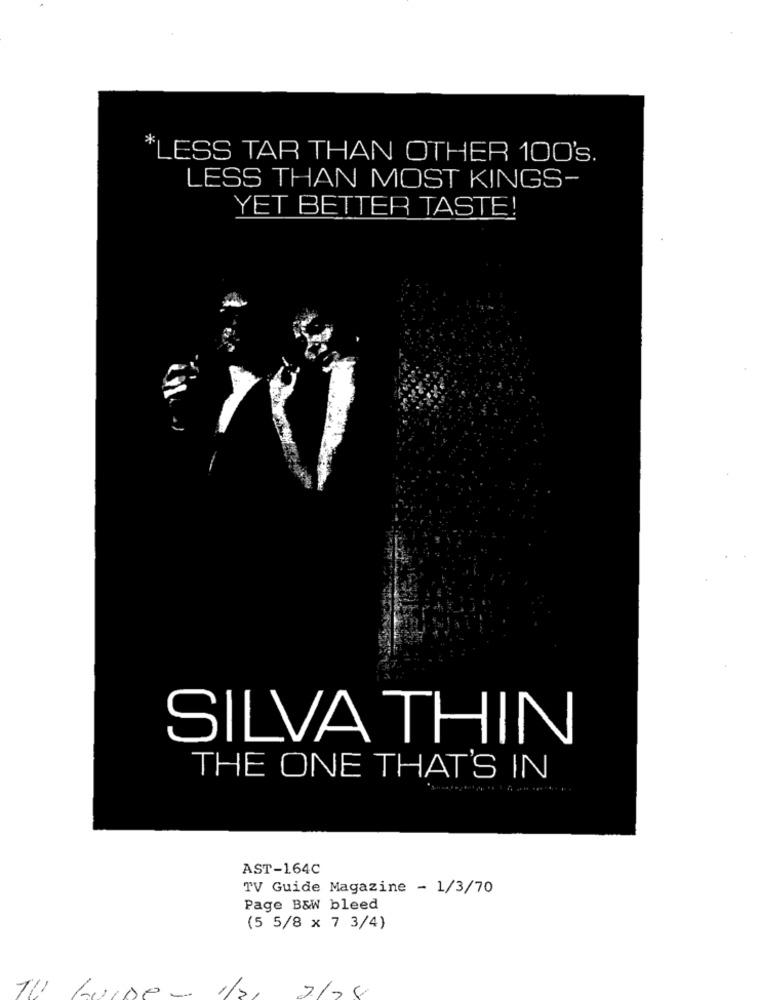
ESS TAR THAN OTHER 100's.
LESS THAN MOST KINGS-
YET BETTER TASTE!
SILVA THIN
THE ONE THAT'S IN
AST-164C
TV Guide Magazine - 1/3/70
Page B&W bleed
(5 5/8 x 7 3/4)
2/2
TU LUIDE-